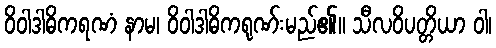
ဝိဝါဒါဓိကရဏံ နာမ၊ ဝိဝါဒါဓိကရုဏ်းမည်၏။ သီလဝိပတ္တိယာ ဝါ၊